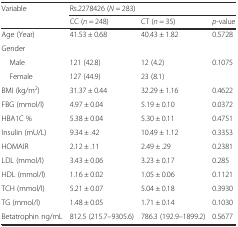
<table><thead><tr><td rowspan="2"><b>Variable</b></td><td colspan="3"><b>Rs.2278426 (<i>N</i> = 283)</b></td></tr><tr><td><b>CC (<i>n</i> = 248)</b></td><td><b>CT (<i>n</i> = 35)</b></td><td><b><i>p</i>-value</b></td></tr></thead><tbody><tr><td>Age (Year)</td><td>41.53 ± 0.68</td><td>40.43 ± 1.82</td><td>0.5728</td></tr><tr><td>Gender</td><td></td><td></td><td></td></tr><tr><td> Male</td><td>121 (42.8)</td><td>12 (4.2)</td><td rowspan="2">0.1075</td></tr><tr><td> Female</td><td>127 (44.9)</td><td>23 (8.1)</td></tr><tr><td>BMI (kg/m<sup>2</sup>)</td><td>31.37 ± 0.44</td><td>32.29 ± 1.16</td><td>0.4622</td></tr><tr><td>FBG (mmol/l)</td><td>4.97 ± 0.04</td><td>5.19 ± 0.10</td><td>0.0372</td></tr><tr><td>HBA1C %</td><td>5.38 ± 0.04</td><td>5.30 ± 0.11</td><td>0.4751</td></tr><tr><td>Insulin (mU/L)</td><td>9.34 ± .42</td><td>10.49 ± 1.12</td><td>0.3353</td></tr><tr><td>HOMAIR</td><td>2.12 ± .11</td><td>2.49 ± .29</td><td>0.2381</td></tr><tr><td>LDL (mmol/l)</td><td>3.43 ± 0.06</td><td>3.23 ± 0.17</td><td>0.285</td></tr><tr><td>HDL (mmol/l)</td><td>1.16 ± 0.02</td><td>1.05 ± 0.06</td><td>0.1121</td></tr><tr><td>TCH (mmol/l)</td><td>5.21 ± 0.07</td><td>5.04 ± 0.18</td><td>0.3930</td></tr><tr><td>TG (mmol/l)</td><td>1.48 ± 0.05</td><td>1.71 ± 0.14</td><td>0.1030</td></tr><tr><td>Betatrophin ng/mL</td><td>812.5 (215.7–9305.6)</td><td>786.3 (192.9–1899.2)</td><td>0.5677</td></tr></tbody></table>